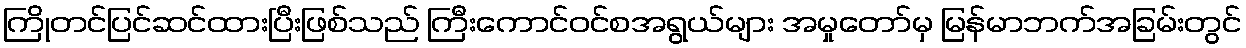
ကြိုတင်ပြင်ဆင်ထားပြီးဖြစ်သည် ကြီးကောင်ဝင်စအရွယ်များ အမှုတော်မှ မြန်မာဘက်အခြမ်းတွင်